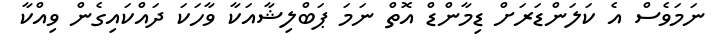
ނަމަވެސް އެ ކަލަންޑަރަށް ޑިމާންޑް އޮތް ނަަމަ ޕަބްލިޝާއަކާ ވާހަކަ ދައްކައިގެން ވިއްކާ